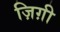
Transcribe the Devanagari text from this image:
ज़िग़ी